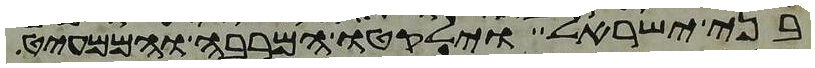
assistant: בני ישראל וילקטו המרבה והממעיט